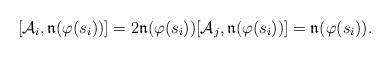
LaTeX: \begin{align*}[\mathcal{A}_i, \mathfrak{n}(\varphi(s_i))] = 2 \mathfrak{n}(\varphi(s_i)) [\mathcal{A}_j, \mathfrak{n}(\varphi(s_i))] = \mathfrak{n}(\varphi(s_i)) .\end{align*}